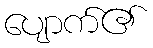
ပျောက်၏